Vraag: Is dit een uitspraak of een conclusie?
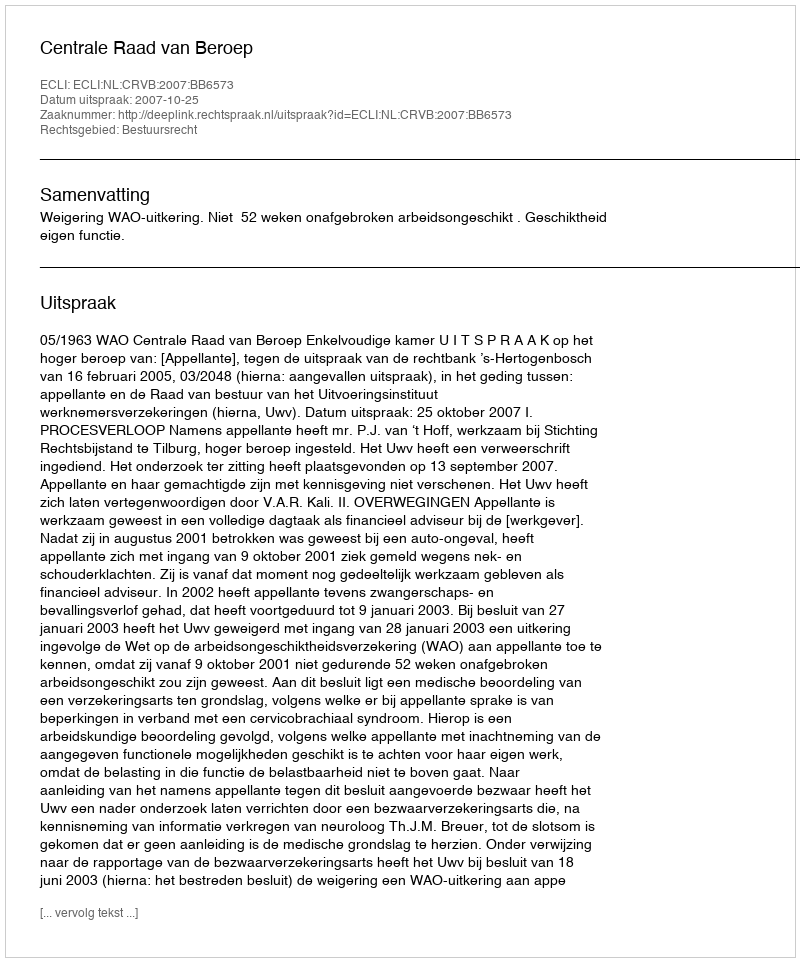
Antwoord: Uitspraak